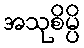
အသုစိမ္ပိ